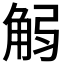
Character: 𧣚